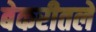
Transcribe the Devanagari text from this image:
बेकरीतले